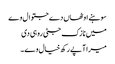
سوہنے اوٹھاں دے جتوال وے
میں نازک جٹی روہی دی
میرا آپے رکھ خیال وے ۔